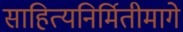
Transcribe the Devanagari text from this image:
साहित्यनिर्मितीमागे